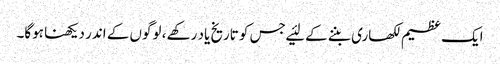
ایک عظیم لکھاری بننے کے لئیے جس کو تاریخ یاد رکھے ، لوگوں کے اندر دیکھنا ہوگا۔